Punjab Mental Hospital Lahore 1932-46 - 1932-1946
Year: 1932
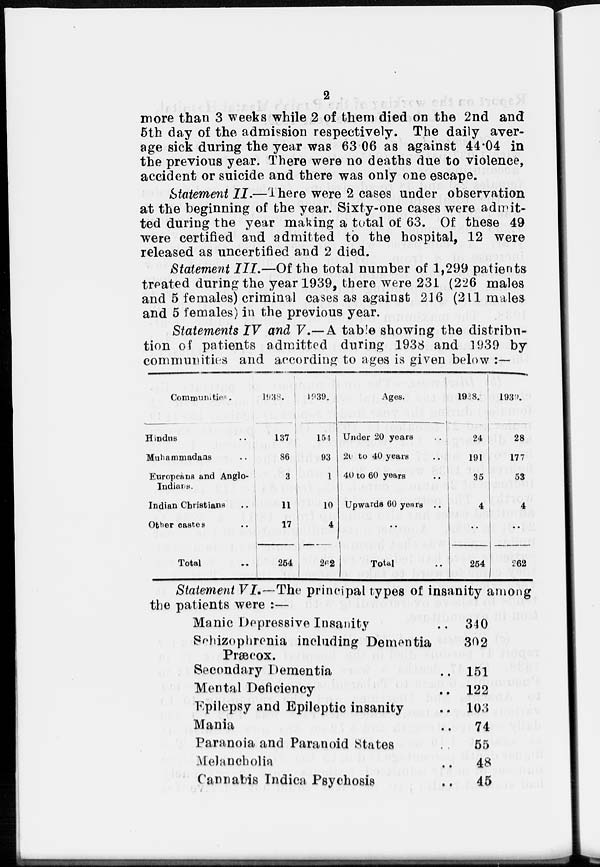
2
more than 3 weeks while 2 of them died on the 2nd and
5th day of the admission respectively. The daily aver-
age sick during the year was 63.06 as against 44.04 in
the previous year. There were no deaths due to violence,
accident or suicide and there was only one escape.
Statement II.—There were 2 cases under observation
at the beginning of the year. Sixty-one cases were admit-
ted during the year making a total of 63. Of these 49
were certified and admitted to the hospital, 12 were
released as uncertified and 2 died.
Statement III.—Of the total number of 1,299 patients
treated during the year 1939, there were 231 (226 males
and 5 females) criminal cases as against 216 (211 males
and 5 females) in the previous year.
Statements IV and V.—A table showing the distribu-
tion of patients admitted during 1938 and 1939 by
communities and according to ages is given below :—
Communities.
Hindus ..
Muhammadans ..
Europeans and Anglo-
Indians.
Indian Christians ..
Other castes ..
Total ..
1938.
137
86
3
11
17
254
1939.
154
93
1
10
4
262
Ages.
Under 20 years
..
20 to 40 years ..
40 to 60 years
..
Upwards 60 years ..
..
Total ..
1938.
24
191
35
4
..
254
1939.
28
177
53
4
..
262
Statement VI.—The principal types of insanity among
the patients were :—
Manic Depressive Insanity ..
Schizophrenia including Dementia
Præcox.
Secondary Dementia ..
Mental Deficiency ..
Epilepsy and Epileptic insanity ..
Mania ..
Paranoia and Paranoid States ..
Melancholia ..
Cannabis Indica Psychosis ..
340
302
151
122
103
74
55
48
45